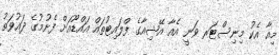
މިއާ އެކު މިނިސްޓަރ ވަނީ އެއާ އޭޝިއާގެ ފްލައިޓުތައް އައްޑޫއަށް ފެށުމުގެ ދައުވަތު